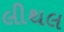
લીથલ